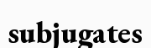
subjugates